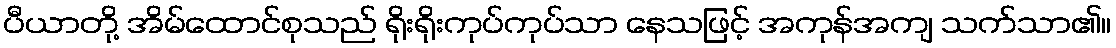
ပီယာတို့ အိမ်ထောင်စုသည် ရိုးရိုးကုပ်ကုပ်သာ နေသဖြင့် အကုန်အကျ သက်သာ၏။